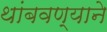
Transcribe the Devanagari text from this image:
थांबवण्याने